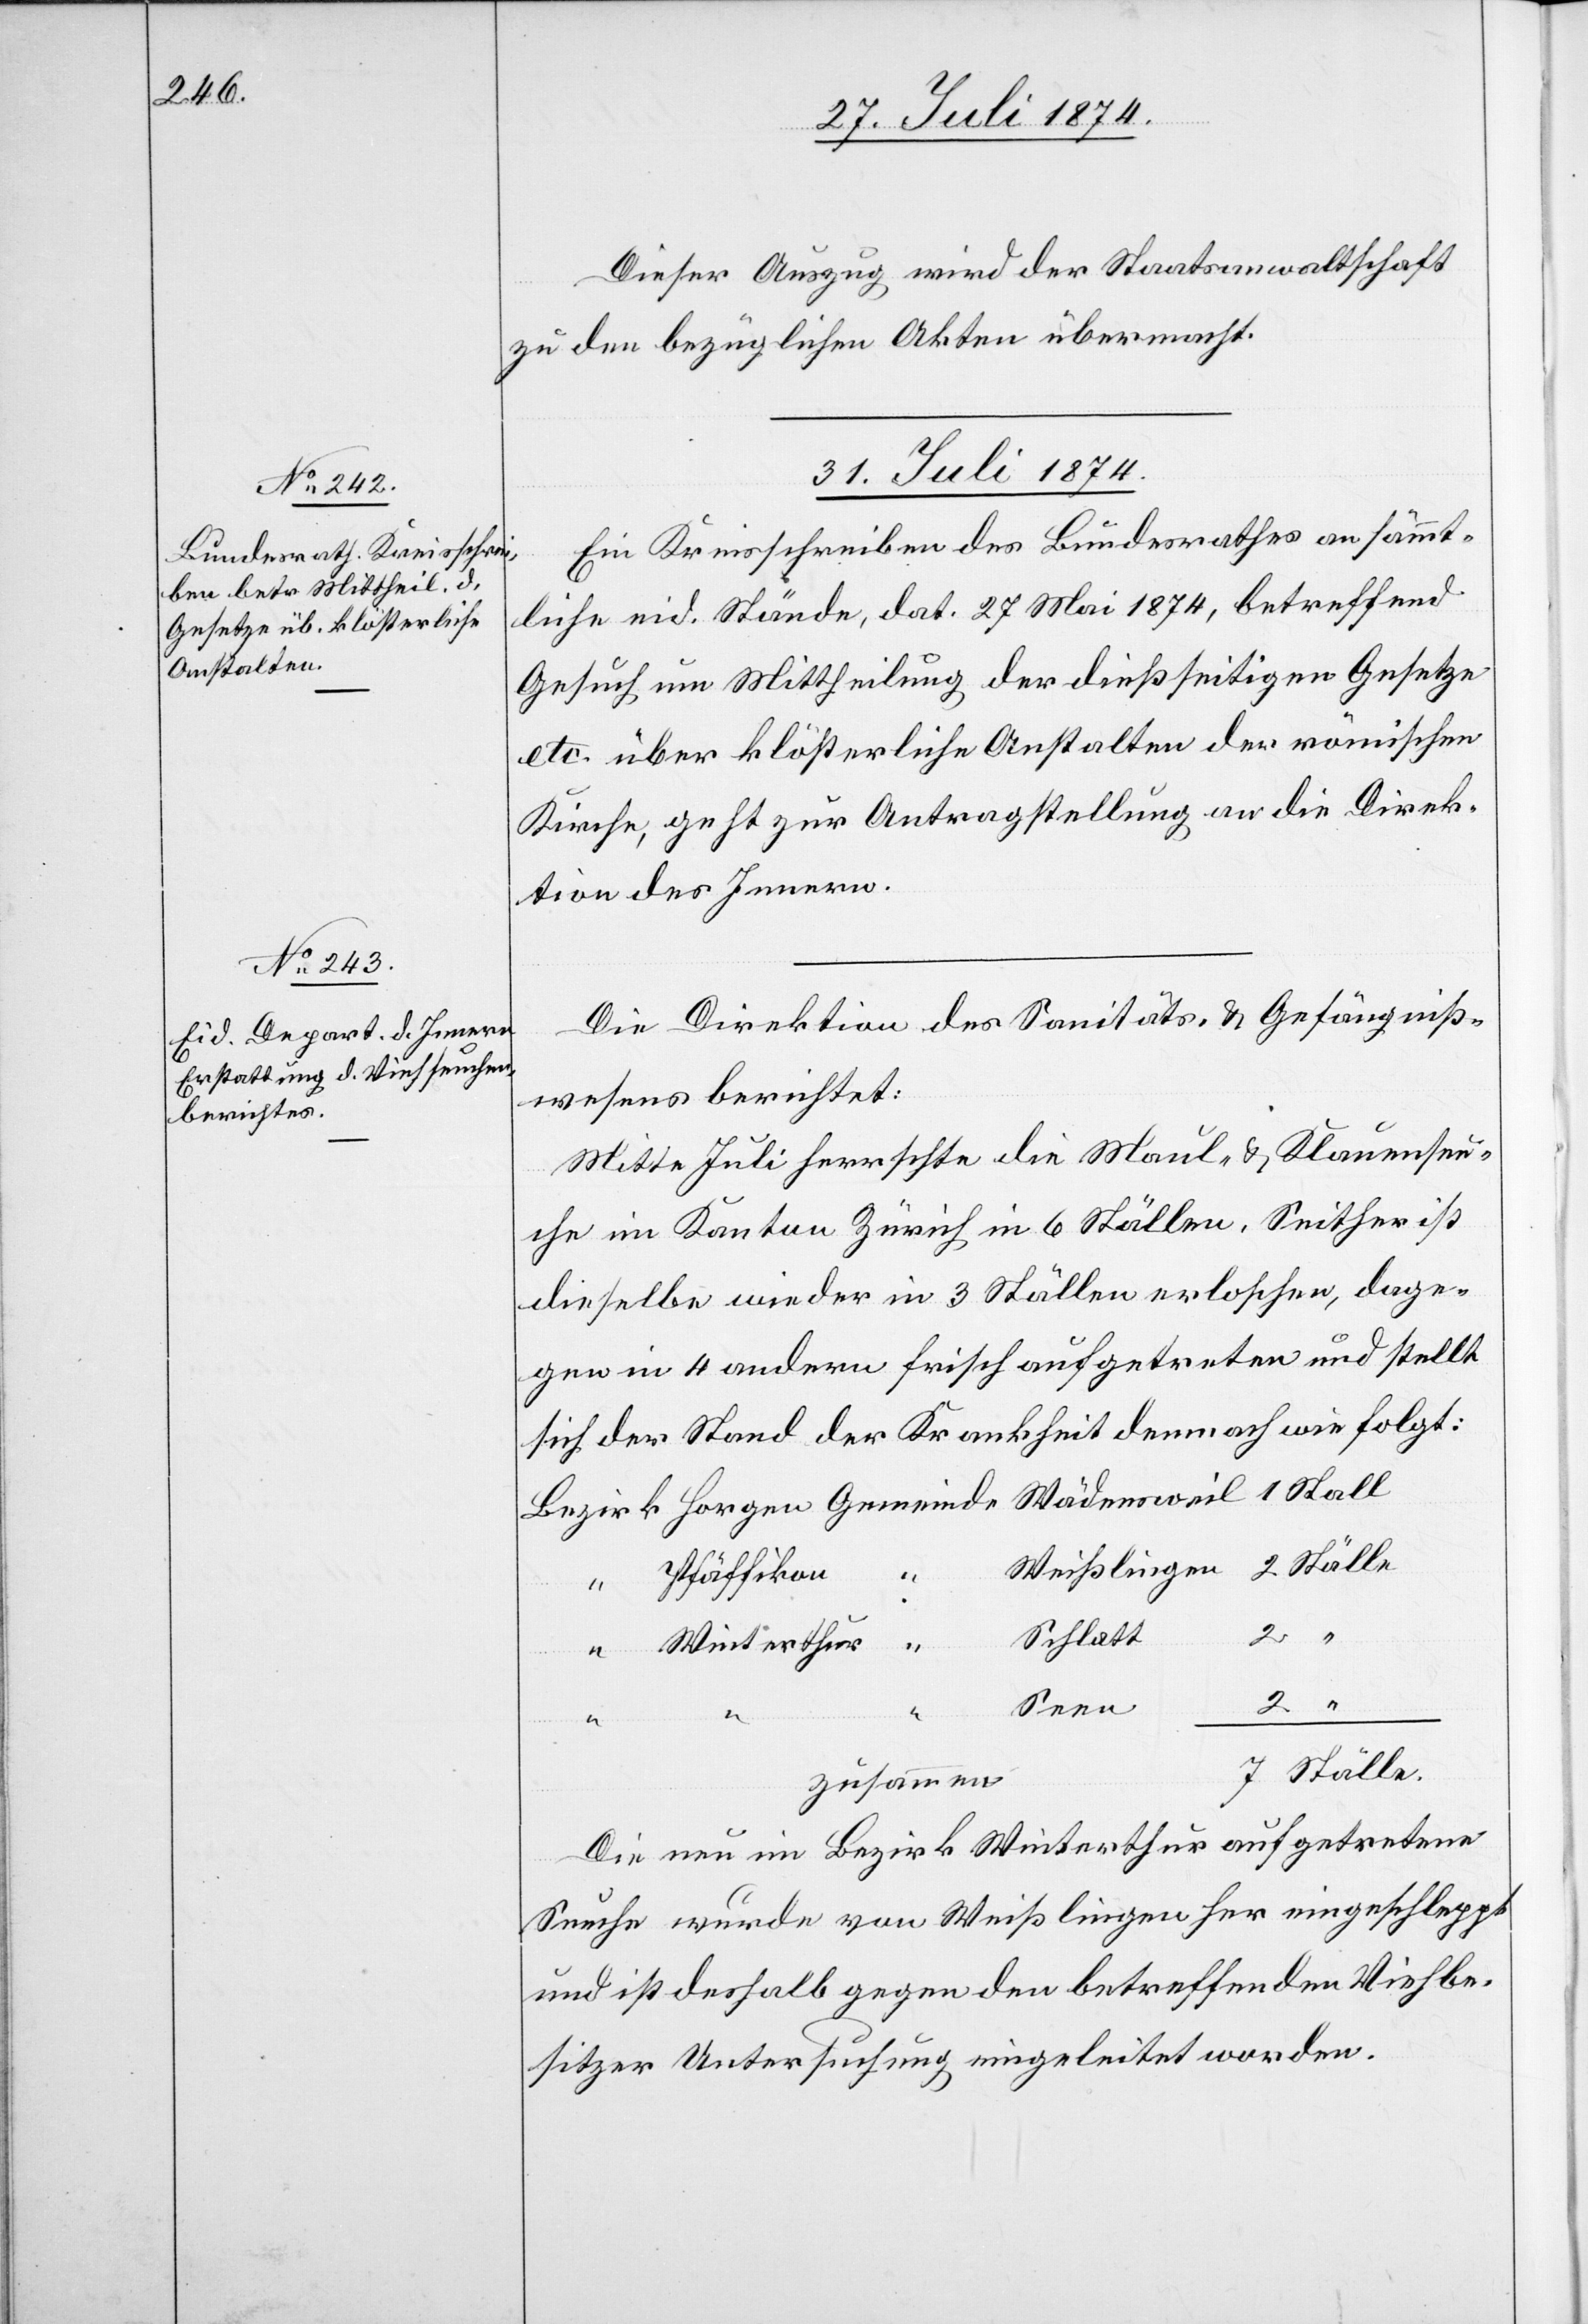
Dieser Auszug wird der Staatsanwaltschaft
zu den bezüglichen Akten übermacht.
31. Juli 1874.]
Ein Kreisschreiben des Bundesrathes an sämmt¬
liche eid. Stände, dat. 27. Mai 1874, betreffend
Gesuch um Mittheilung der dießseitigen Gesetze
etc. über klösterliche Anstalten der römischen
Kirche, geht zur Antragstellung an die Direk¬
tion des Innern.
Die Direktion des Sanitäts- u. Gefängniß¬
wesens berichtet:
Mitte Juli herrschte die Maul- u. Klauenseu¬
che im Kanton Zürich in 6 Ställen. Seither ist
dieselbe wieder in 3 Ställen erloschen, dage¬
gen in 4 andern frisch aufgetreten und stellt
sich der Stand der Krankheit demnach wie folgt:
Pfäffikon
Schlatt
Winterthur
Seen
1
zusammen
Die neu im Bezirk Winterthur aufgetretene
Seuche wurde von Weißlingen her eingeschleppt
und ist deshalb gegen den betreffenden Viehbe¬
sitzer Untersuchung eingeleitet worden.